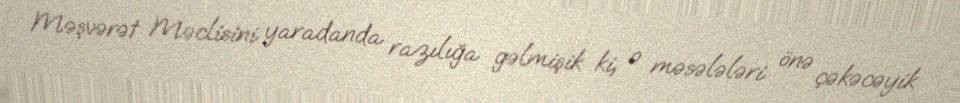
Məşvərət Məclisini yaradanda razılığa gəlmişik ki, o məsələləri önə çəkəcəyik